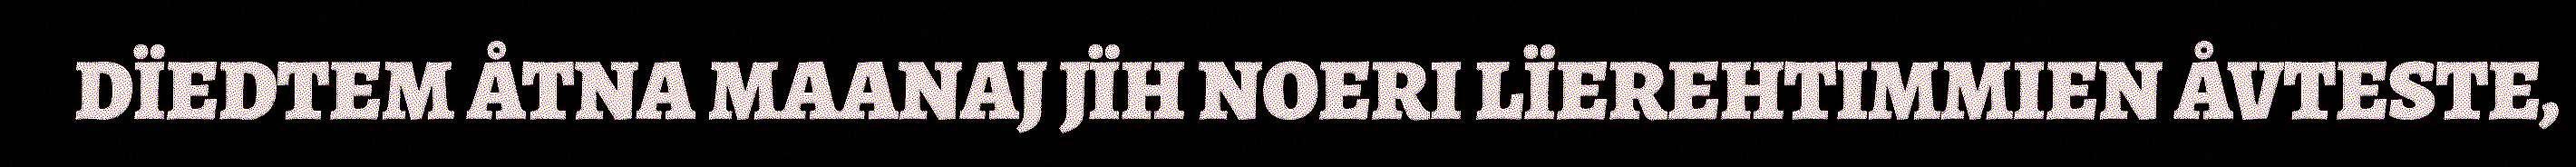
DÏEDTEM ÅTNA MAANAJ JÏH NOERI LÏEREHTIMMIEN ÅVTESTE,